Continuation classes and employment agencies, 1910
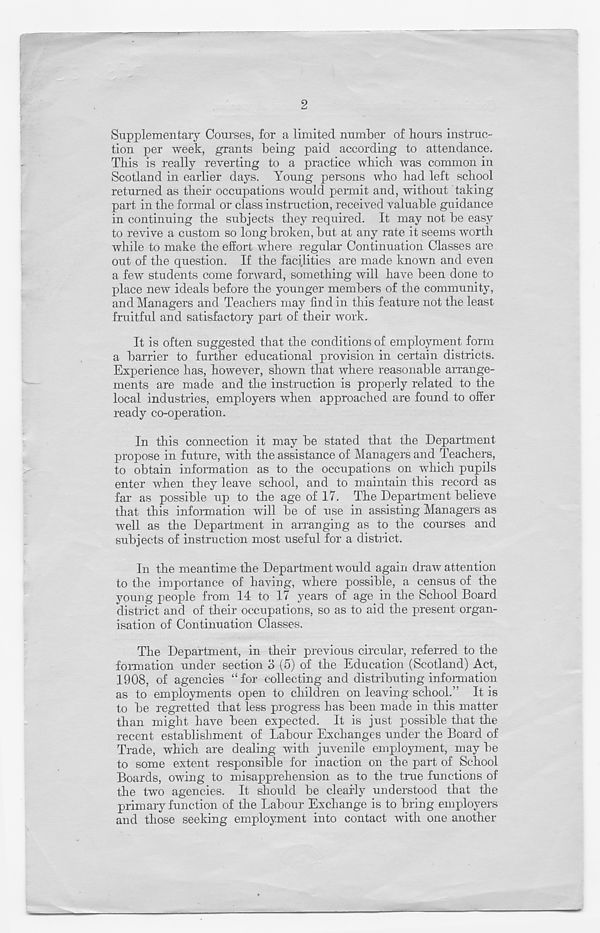
2
Supplementary Courses, for a limited number of hours instruc-
tion per week, grants being paid according to attendance.
This is really reverting to a practice which was common in
Scotland in earlier days. Young persons who had left school
returned as their occupations would permit and, without taking
part in the formal or class instruction, received valuable guidance
in continuing the subjects they required. It may not be easy
to revive a custom so long broken, but at any rate it seems worth
while to make the effort where regular Continuation Classes are
out of the question. If the facilities are made known and even
a few students come forward, something will have been done to
place new ideals before the younger members of the community,
and Managers and Teachers may find in this feature not the least
fruitful and satisfactory part of their work.
It is often suggested that the conditions of employment form
a barrier to further educational provision in certain districts.
Experience has, however, shown that where reasonable arrange-
ments are made and the instruction is properly related to the
local industries, employers when approached are found to offer
ready co-operation.
In this connection it may be stated that the Department
propose in future, with the assistance of Managers and Teachers,
to obtain information as to the occupations on which pupils
enter when they leave school, and to maintain this record as
far as possible up to the age of 17. The Department believe
that this information will be of use in assisting Managers as
well as the Department in arranging as to the courses and
subjects of instruction most useful for a district.
In the meantime the Department would again draw attention
to the importance of having, where possible, a census of the
young people from 14 to 17 years of age in the School Board
district and of their occupations, so as to aid the present organ-
isation of Continuation Classes.
The Department, in their previous circular, referred to the
formation under section o (5) of the Education (Scotland) Act,
1908, of agencies “ for collecting and distributing information
as to employments open to children on leaving school.” It is
to be regretted that less progress has been made in this matter
than might have been expected. It is just possible that the
recent establishment of Labour Exchanges under the Board of
Trade, which are dealing with juvenile employment, may be
to some extent responsible for inaction on the part of School
Boards, owing to misapprehension as to the true functions of
the two agencies. It should be clearly understood that the
primary function of the Labour Exchange is to bring employers
and those seeking employment into contact with one another